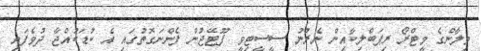
މިލާންގެ މީޓްރޯ ރިޕަބްލިކާއިން ނެރުނު ސީސީޓިވީ ފޫޓޭޖުން ފެންނަގޮތުގައި އެ ކުޑަކުއްޖާ ދުވެފައި